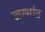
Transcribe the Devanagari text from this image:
खम्भांत